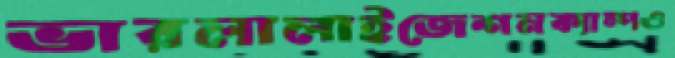
ভারলালাইজেশনক্যাম্পও